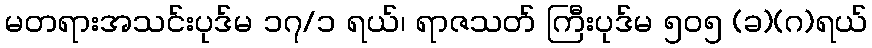
မတရားအသင်းပုဒ်မ ၁၇/၁ ရယ်၊ ရာဇသတ် ကြီးပုဒ်မ ၅၀၅ (ခ)(ဂ)ရယ်